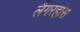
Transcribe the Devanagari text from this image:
लैंगरहांस